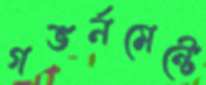
গভর্নমেন্টে